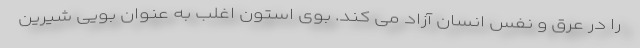
را در عرق و نفس انسان آزاد می کند. بوی استون اغلب به عنوان بویی شیرین